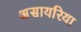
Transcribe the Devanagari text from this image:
असायरिया